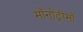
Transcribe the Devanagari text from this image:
मॉनोट्रीमों